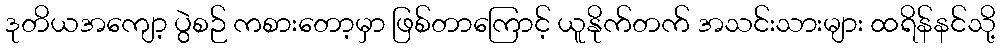
ဒုတိယအကျော့ ပွဲစဉ် ကစားတော့မှာ ဖြစ်တာကြောင့် ယူနိုက်တက် အသင်းသားများ ထရိန်နင်သို့